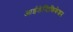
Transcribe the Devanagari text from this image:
आईडेन्टिफिकेशन